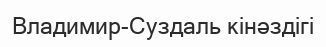
Владимир-Суздаль кінәздігі